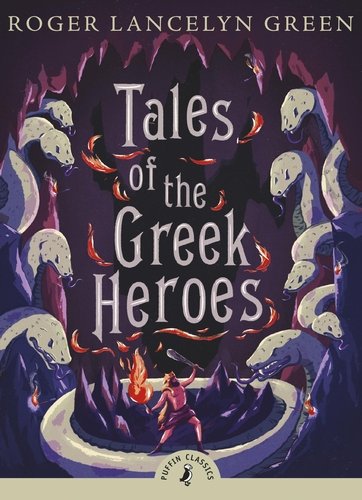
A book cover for Tales of the Greek Heroes (Puffin Classics); Roger Lancelyn Green; Children's Books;